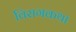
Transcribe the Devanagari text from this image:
विरागकथा